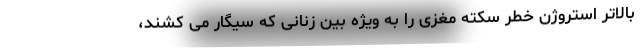
بالاتر استروژن خطر سکته مغزی را به ویژه بین زنانی که سیگار می کشند،